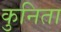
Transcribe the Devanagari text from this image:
कुनिता